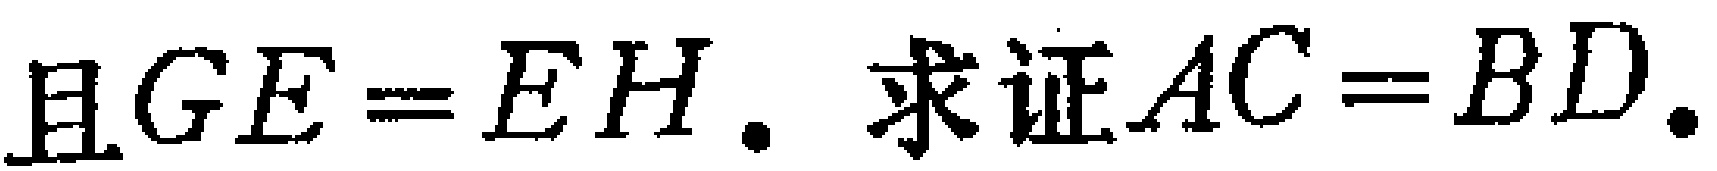
且$GE = EH$. 求证$AC = BD$.